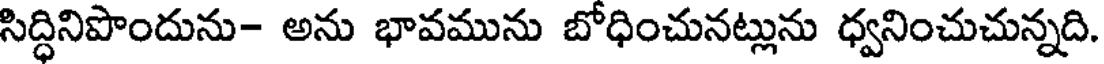
సిద్ధినిపొందును- అను భావమును బోధించునట్లును ధ్వనించుచున్నది.